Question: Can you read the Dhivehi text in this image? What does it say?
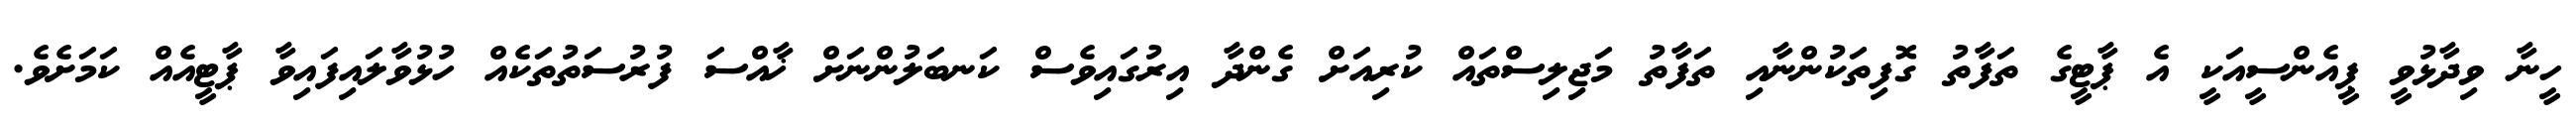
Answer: ހީނާ ވިދާޅުވީ ޕީއެންސީއަކީ އެ ޕާޓީގެ ތަފާތު ގޮފިތަކުންނާއި ތަފާތު މަޖިލިސްތައް ކުރިއަށް ގެންދާ އިރުގައިވެސް ކަނބަލުންނަށް ޚާއްސަ ފުރުސަތުތަކެއް ހުޅުވާލައިފައިވާ ޕާޓީއެއް ކަމަށެވެ.